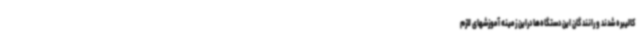
کالیبره شدند و رانند گان این دستگاه‌ها دراین زمینه آموزشهای لازم